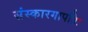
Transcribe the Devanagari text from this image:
संस्कारगापतिः